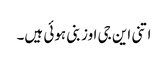
اتنی این جی اوز بنی ہوئی ہیں۔